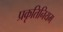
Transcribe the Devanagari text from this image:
प्रकृतिनियम